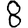
Digit: 8